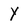
Character: Y